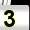
Digit: 3